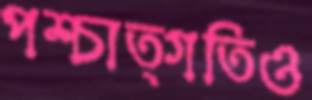
পশ্চাত্গতিও